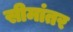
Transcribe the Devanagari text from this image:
सीमांतर